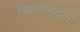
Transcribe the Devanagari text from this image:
नित्यानंदजी